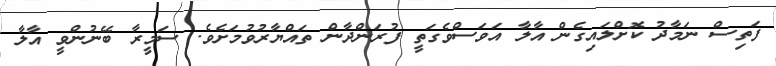
ފަތިސް ނަމާދު ކޮށްލައިގެން އާލާ އަވަސްވެގަތީ ފުރަންދާން ތައްޔާރުވުމަށެވެ. ސަމީރާ ބޭނުންވީ އާލާ